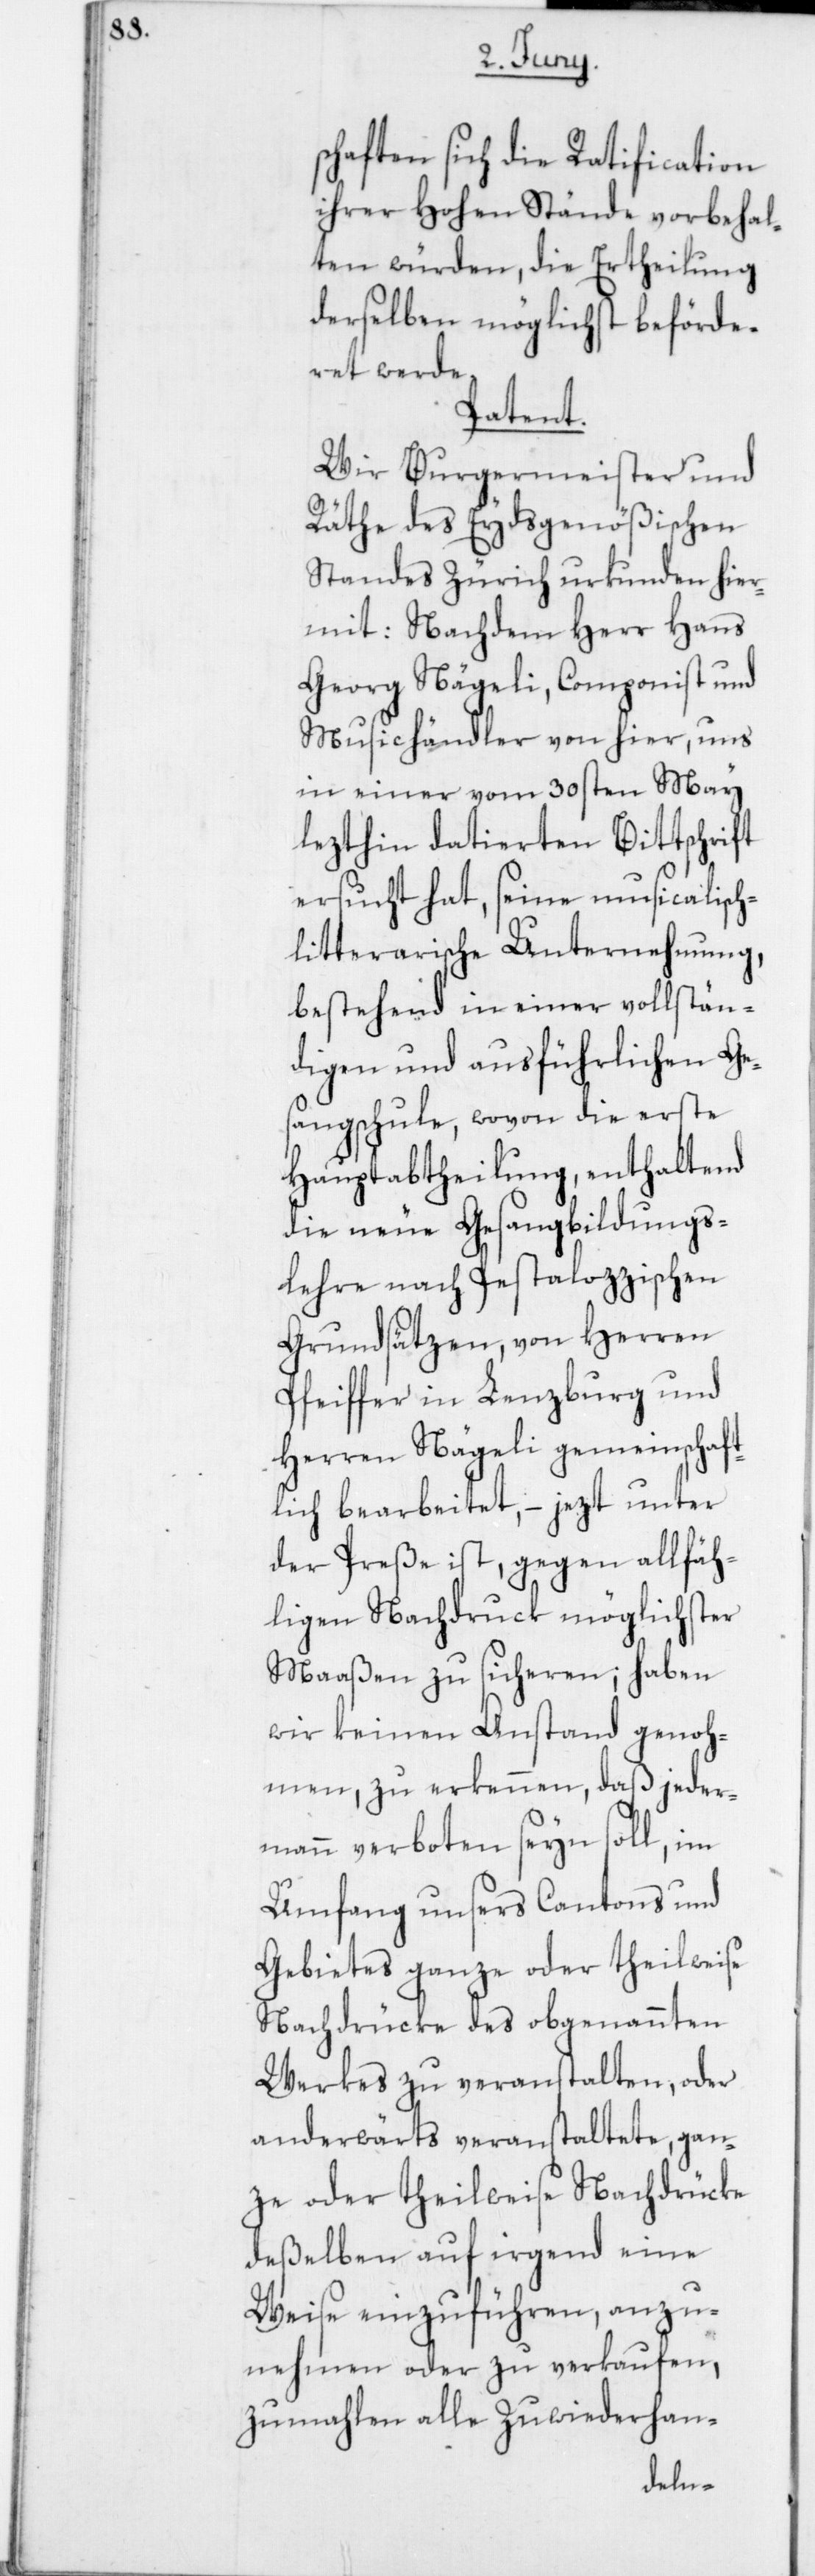
schaften sich die Ratficiation
ihrer Hohen Stände vorbehal¬
ten würden, die Ertheilung
derselben möglichst beförde¬
ret werde
Patent.
Wir Burgermeister und
Räthe des Eydsgenößischen
Standes Zürich urkunden hier¬
mit: Nachdem Herr Hans
Georg Nägeli, Componist und
Musichändler von hier, uns
in einer vom 30sten May
lezthin datierten Bittschrift
ersucht hat, seine musicalisc¬
itterarische Unternehmung,
bestehend in einer vollstän¬
digen und ausführlichen Ge¬
sangschule, wovon die erste
Hauptabtheilung, enthaltend
die neue Gesangbildungs¬
lehre nach Pestalozzischen
Grundsätzen, von Herren
Pfeiffer in Lenzburg und
Herren Nägeli gemeinschaf¬
tlich bearbeitet, – jezt unter
der Preße ist, gegen allfäh¬
ligen Nachdruck möglichster
Maaßen zu sicheren; haben
wir keinen Anstand genoh¬
men, zu erkennen, daß jeder¬
mann verboten seyn soll, im
Umfang unseres Cantons und
Gebietes ganze oder theilweise
Nachdrücke des obgenannten
Werkes zu veranstalten, oder
anderwärts veranstaltete, gan¬
ze oder theilweise Nachdrücke
deßelben auf irgend eine
Weise einzuführen, anzu¬
nehmen oder zu verkaufen,
zumahlen alle Zuwiderhan-
h-l¬